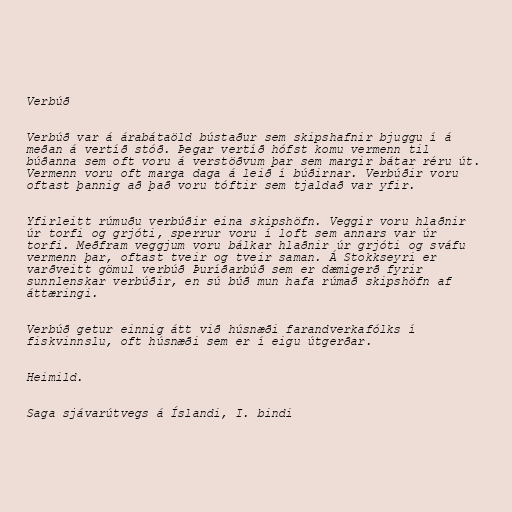
Verbúð

Verbúð var á árabátaöld bústaður sem skipshafnir bjuggu í á
meðan á vertíð stóð. Þegar vertíð hófst komu vermenn til
búðanna sem oft voru á verstöðvum þar sem margir bátar réru út.
Vermenn voru oft marga daga á leið í búðirnar. Verbúðir voru
oftast þannig að það voru tóftir sem tjaldað var yfir.

Yfirleitt rúmuðu verbúðir eina skipshöfn. Veggir voru hlaðnir
úr torfi og grjóti, sperrur voru í loft sem annars var úr
torfi. Meðfram veggjum voru bálkar hlaðnir úr grjóti og sváfu
vermenn þar, oftast tveir og tveir saman. Á Stokkseyri er
varðveitt gömul verbúð Þuríðarbúð sem er dæmigerð fyrir
sunnlenskar verbúðir, en sú búð mun hafa rúmað skipshöfn af
áttæringi.

Verbúð getur einnig átt við húsnæði farandverkafólks í
fiskvinnslu, oft húsnæði sem er í eigu útgerðar.

Heimild.

Saga sjávarútvegs á Íslandi, I. bindi